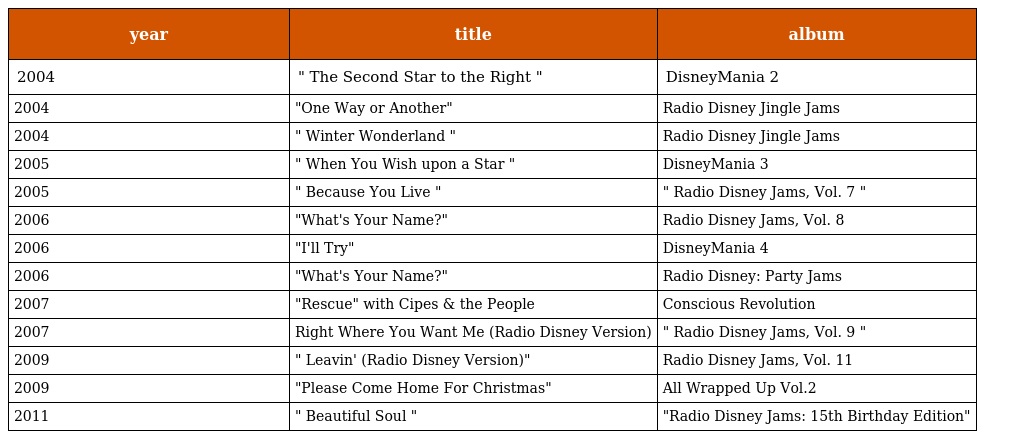
| year | title | album |
 | --- | --- | --- |
 | 2004 | " The Second Star to the Right " | DisneyMania 2 |
 | 2004 | "One Way or Another" | Radio Disney Jingle Jams |
 | 2004 | " Winter Wonderland " | Radio Disney Jingle Jams |
 | 2005 | " When You Wish upon a Star " | DisneyMania 3 |
 | 2005 | " Because You Live " | " Radio Disney Jams, Vol. 7 " |
 | 2006 | "What's Your Name?" | Radio Disney Jams, Vol. 8 |
 | 2006 | "I'll Try" | DisneyMania 4 |
 | 2006 | "What's Your Name?" | Radio Disney: Party Jams |
 | 2007 | "Rescue" with Cipes & the People | Conscious Revolution |
 | 2007 | Right Where You Want Me (Radio Disney Version) | " Radio Disney Jams, Vol. 9 " |
 | 2009 | " Leavin' (Radio Disney Version)" | Radio Disney Jams, Vol. 11 |
 | 2009 | "Please Come Home For Christmas" | All Wrapped Up Vol.2 |
 | 2011 | " Beautiful Soul " | "Radio Disney Jams: 15th Birthday Edition" |